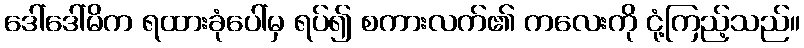
ဒေါ်ဒေါ်မိက ရထားခုံပေါ်မှ ရပ်၍ စကားလက်၏ ကလေးကို ငုံ့ကြည့်သည်။